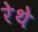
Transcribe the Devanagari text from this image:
रेथे